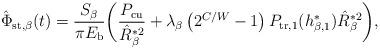
LaTeX: \begin{align*}\hat{\Phi}_{\rm{st},\beta}(t) = \frac{S_\beta}{\pi E_{\rm{b}}} \bigg(\frac{P_{\rm{cu}}}{\hat{R}^{*2}_{\beta}} + \lambda_{\beta}\left( 2^{C/W} - 1 \right)P_{\rm{tr},1}(h_{\beta,1}^*)\hat{R}^{*2}_{\beta} \bigg),\end{align*}